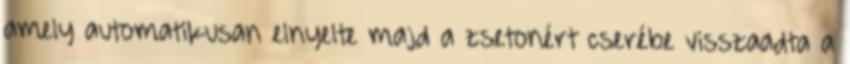
amely automatikusan elnyelte majd a zsetonért cserébe visszaadta a